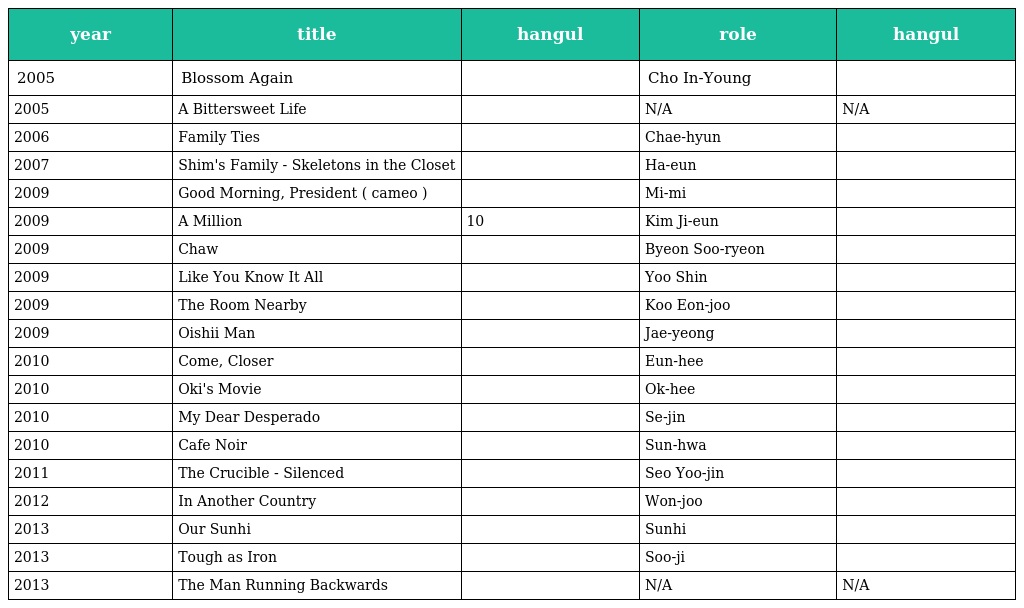
| year | title | hangul | role | hangul |
 | --- | --- | --- | --- | --- |
 | 2005 | Blossom Again | 사랑니 | Cho In-Young | 조인영 |
 | 2005 | A Bittersweet Life | 달콤한 인생 | N/A | N/A |
 | 2006 | Family Ties | 가족의 탄생 | Chae-hyun | 채현 |
 | 2007 | Shim's Family - Skeletons in the Closet | 좋지 아니한가 | Ha-eun | 하은 |
 | 2009 | Good Morning, President ( cameo ) | 굿모닝 프레지던트 | Mi-mi | 미미 |
 | 2009 | A Million | 10억 | Kim Ji-eun | 김지은 |
 | 2009 | Chaw | 차우 | Byeon Soo-ryeon | 변수련 |
 | 2009 | Like You Know It All | 잘 알지도 못하면서 | Yoo Shin | 유신 |
 | 2009 | The Room Nearby | 그녀들의 방 | Koo Eon-joo | 구언주 |
 | 2009 | Oishii Man | 오이시맨 | Jae-yeong | 재영 |
 | 2010 | Come, Closer | 조금만 더 가까이 | Eun-hee | 은희 |
 | 2010 | Oki's Movie | 옥희의 영화 | Ok-hee | 옥희 |
 | 2010 | My Dear Desperado | 내 깡패 같은 애인 | Se-jin | 세진 |
 | 2010 | Cafe Noir | 카페 느와르 | Sun-hwa | 선화 |
 | 2011 | The Crucible - Silenced | 도가니 | Seo Yoo-jin | 서유진 |
 | 2012 | In Another Country | 다른 나라에서 | Won-joo | 원주 |
 | 2013 | Our Sunhi | 우리 선희 | Sunhi | 선희 |
 | 2013 | Tough as Iron | 깡철이 | Soo-ji | 수지 |
 | 2013 | The Man Running Backwards | 거꾸로 달리는 사나이 | N/A | N/A |